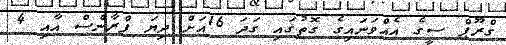
ގްރޫޕް ސީގެ އެއްވަނައިގެ ގޮތުގައި ގަދަ 16އަށް ދިޔަ ފްރާންސް އާއި 4